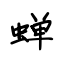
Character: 蝉